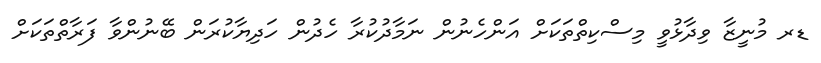
ޑރ މުނީޒާ ވިދާޅުވީ މިސްކިތްތަކަށް އަންހެނުން ނަމާދުކުރާ ހެދުން ހަދިޔާކުރަން ބޭނުންވާ ފަރާތްތަކަށް